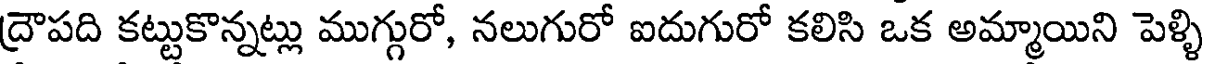
ద్రౌపది కట్టుకొన్నట్లు ముగ్గురో, నలుగురో ఐదుగురో కలిసి ఒక అమ్మాయిని పెళ్ళి